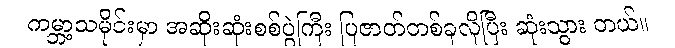
ကမ္ဘာ့သမိုင်းမှာ အဆိုးဆုံးစစ်ပွဲကြီး ပြဇာတ်တစ်ခုလိုပြီး ဆုံးသွား တယ်။